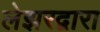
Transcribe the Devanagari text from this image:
लेझरद्वारा